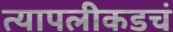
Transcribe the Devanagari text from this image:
त्यापलीकडचं